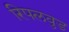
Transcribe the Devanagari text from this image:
रिपलवुड